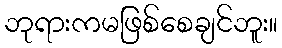
ဘုရားကမဖြစ်စေချင်ဘူး။